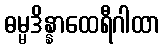
ဓမ္မဒိန္နာထေရီဂါထာ